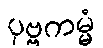
ပုဗ္ဗကမ္မံ